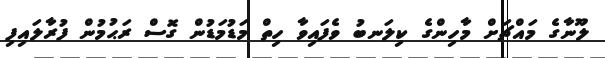
ލޫނާގެ މައްޗަށް މާހިންގެ ކިލަނބު ވެފައިވާ ހިތް މަޑުމަޑުން ގޮސް ރަޙުމުން ފުރާލައިފި